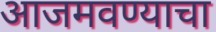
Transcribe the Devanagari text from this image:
आजमवण्याचा